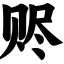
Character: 赆